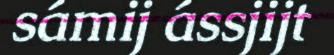
sámij ássjijt